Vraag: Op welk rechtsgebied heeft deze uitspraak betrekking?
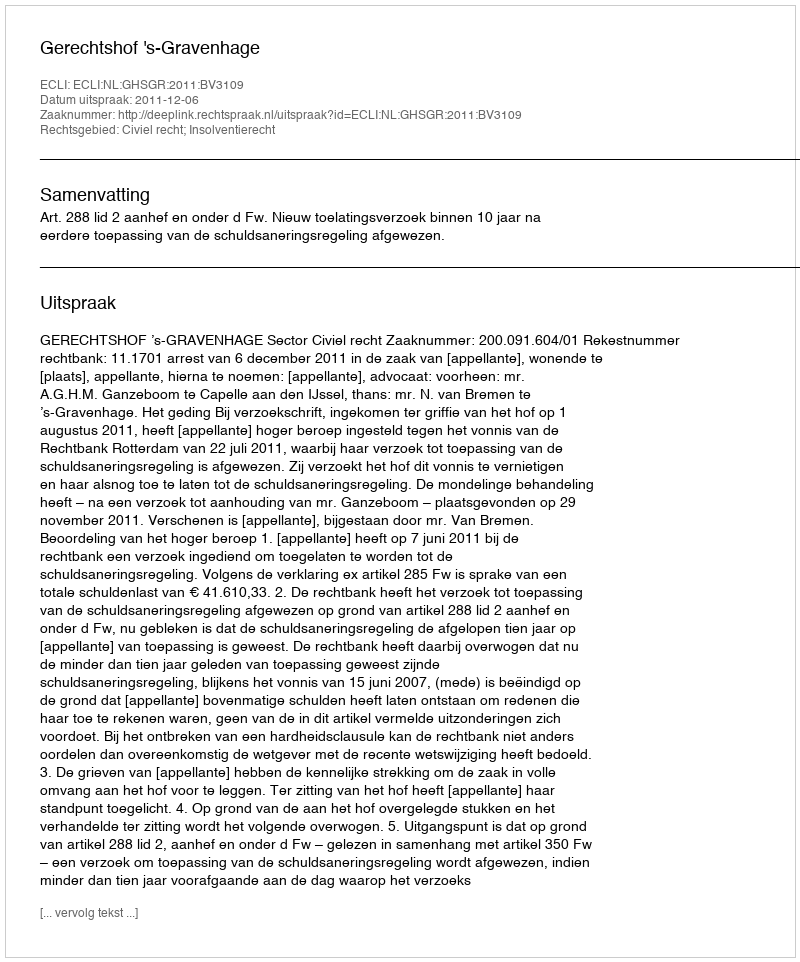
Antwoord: Civiel recht; Insolventierecht